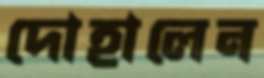
দোহালেন